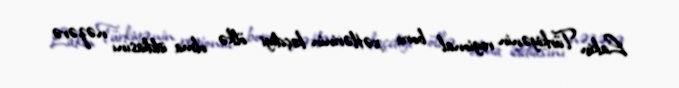
Lakin Türkiyənin regional boru xətlərinin keçdiyi ölkə olma iddiasını nəzərə